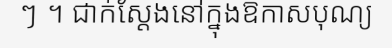
ៗ ។ ជាក់ស្តែងនៅក្នុងឱកាសបុណ្យ